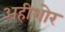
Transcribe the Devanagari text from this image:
अहीशोर